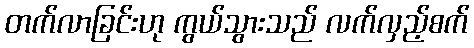
တက်လာခြင်းဟု ကွယ်သွားသည် လက်လှည့်စက်